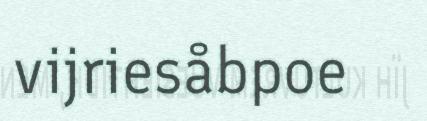
vijriesåbpoe